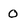
Character: 0